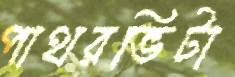
পাথরভিটা